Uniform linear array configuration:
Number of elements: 24
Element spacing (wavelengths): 1
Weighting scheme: hamming
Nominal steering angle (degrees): -45
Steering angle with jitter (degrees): -45.885
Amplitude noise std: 0.05
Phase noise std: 0.05

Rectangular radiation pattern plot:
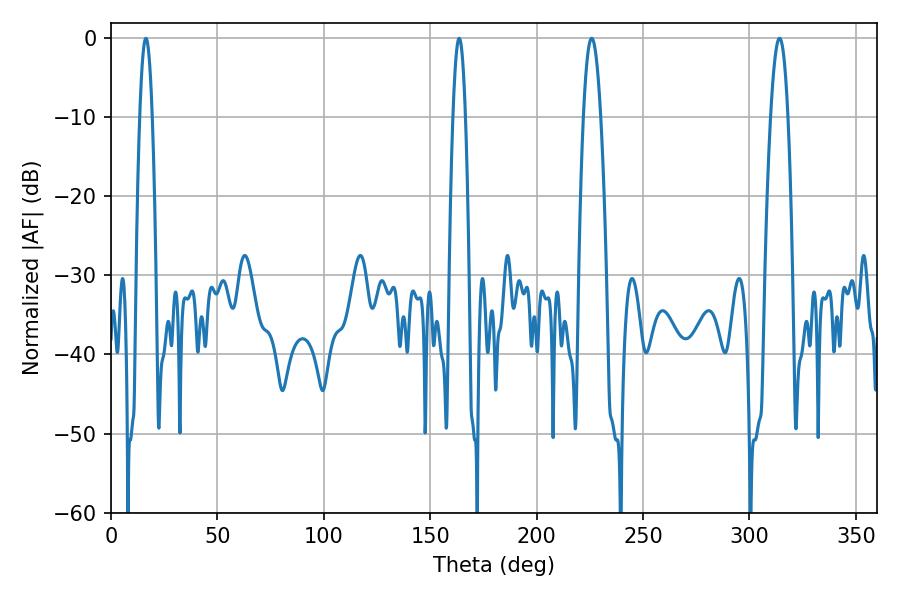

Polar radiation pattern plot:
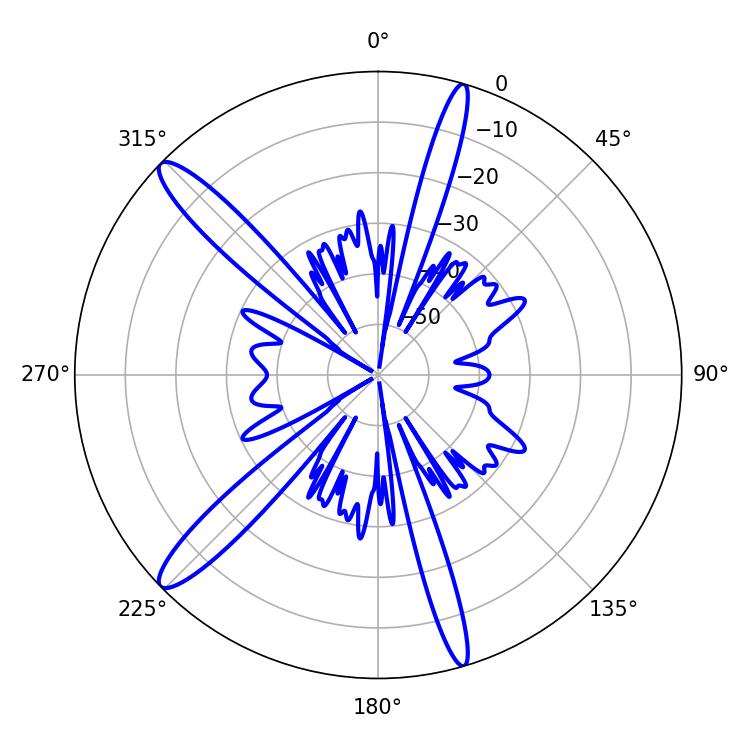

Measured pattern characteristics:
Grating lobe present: TRUE
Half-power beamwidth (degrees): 3.24
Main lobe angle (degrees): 16.38